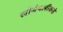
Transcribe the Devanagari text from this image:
सीमेपलीकडे